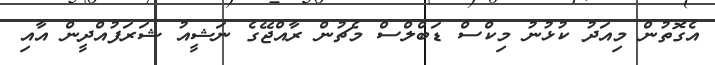
އެގޮތުން މިއަދު ކުޅުނު މިކްސް ޑަބްލްސް މެޗުން ރާއްޖޭގެ ނަޝީއު ޝަރަފުއްދީން އާއި